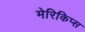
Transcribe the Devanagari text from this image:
मेरिकिप्स